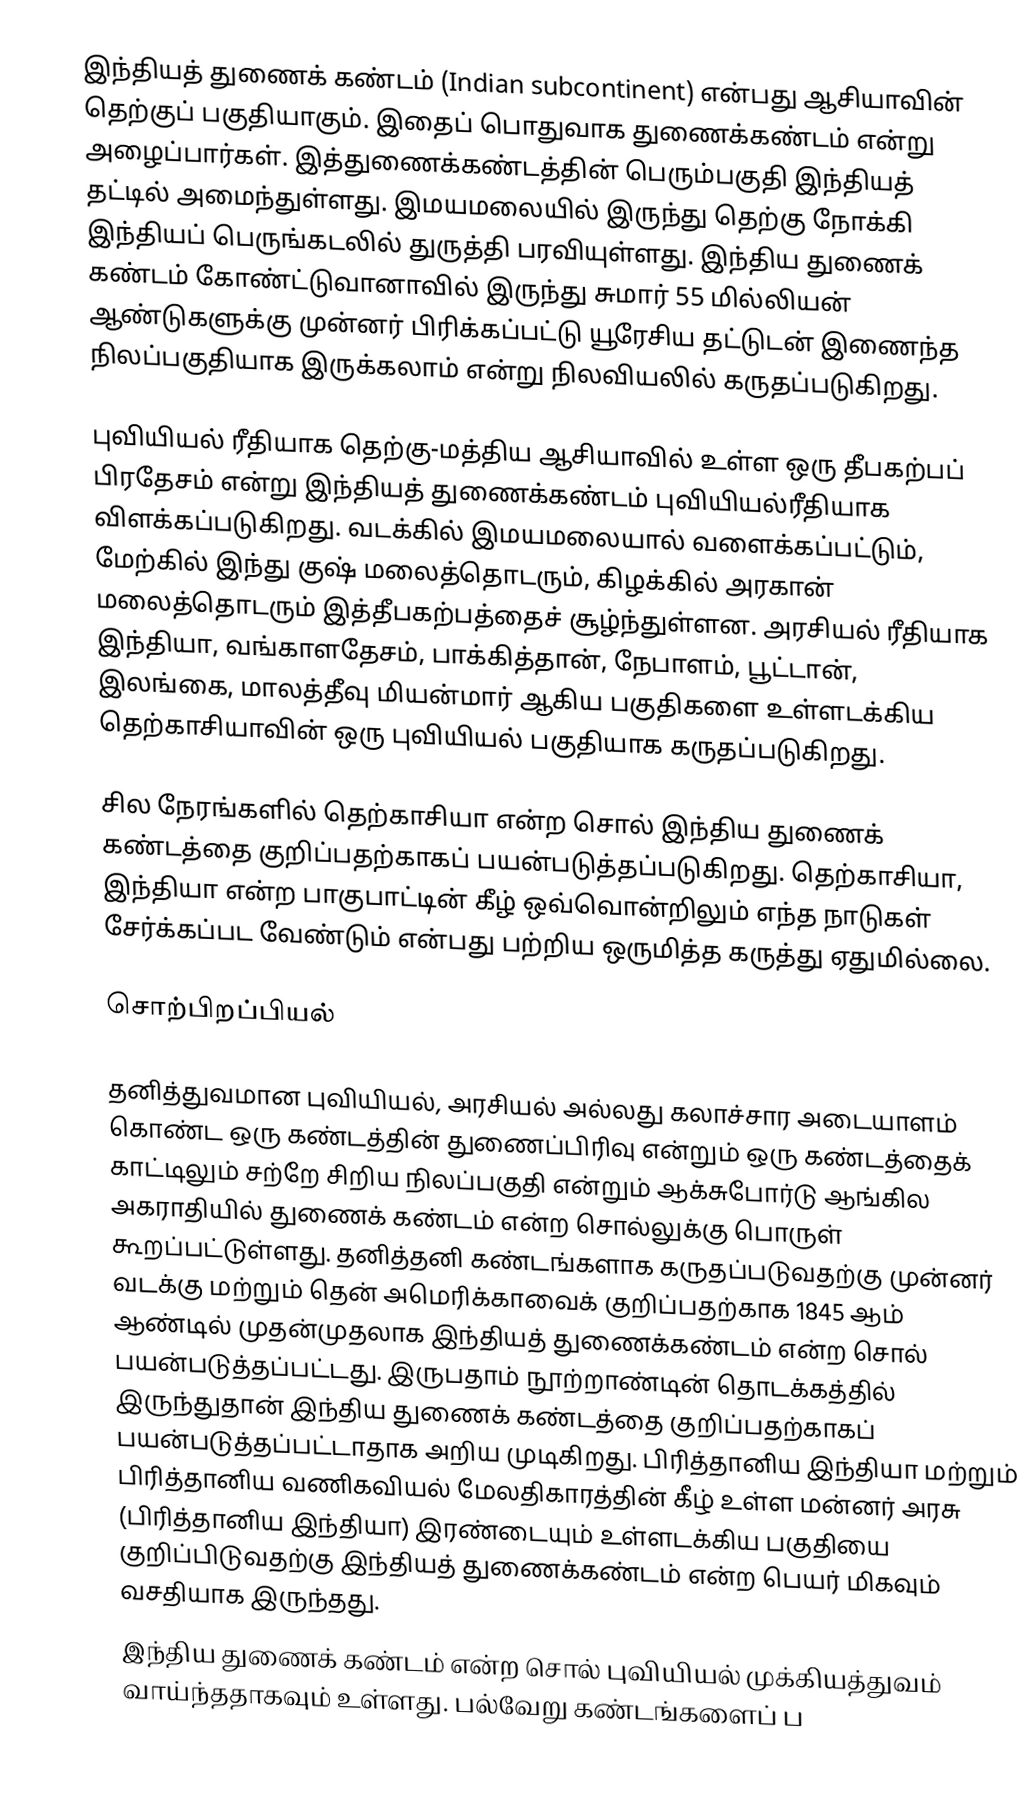
இந்தியத் துணைக் கண்டம் (Indian subcontinent) என்பது ஆசியாவின் தெற்குப் பகுதியாகும். இதைப் பொதுவாக துணைக்கண்டம் என்று அழைப்பார்கள். இத்துணைக்கண்டத்தின் பெரும்பகுதி இந்தியத் தட்டில் அமைந்துள்ளது. இமயமலையில் இருந்து தெற்கு நோக்கி இந்தியப் பெருங்கடலில் துருத்தி பரவியுள்ளது. இந்திய துணைக் கண்டம் கோண்ட்டுவானாவில் இருந்து சுமார் 55 மில்லியன் ஆண்டுகளுக்கு முன்னர் பிரிக்கப்பட்டு யூரேசிய தட்டுடன் இணைந்த நிலப்பகுதியாக இருக்கலாம் என்று நிலவியலில் கருதப்படுகிறது.

புவியியல் ரீதியாக தெற்கு-மத்திய ஆசியாவில் உள்ள ஒரு தீபகற்பப் பிரதேசம் என்று இந்தியத் துணைக்கண்டம் புவியியல்ரீதியாக விளக்கப்படுகிறது. வடக்கில் இமயமலையால் வளைக்கப்பட்டும், மேற்கில் இந்து குஷ் மலைத்தொடரும், கிழக்கில் அரகான் மலைத்தொடரும் இத்தீபகற்பத்தைச் சூழ்ந்துள்ளன. அரசியல் ரீதியாக இந்தியா, வங்காளதேசம், பாக்கித்தான், நேபாளம், பூட்டான், இலங்கை, மாலத்தீவு மியன்மார் ஆகிய பகுதிகளை உள்ளடக்கிய தெற்காசியாவின் ஒரு புவியியல் பகுதியாக கருதப்படுகிறது.

சில நேரங்களில் தெற்காசியா என்ற சொல் இந்திய துணைக் கண்டத்தை குறிப்பதற்காகப் பயன்படுத்தப்படுகிறது. தெற்காசியா, இந்தியா என்ற பாகுபாட்டின் கீழ் ஒவ்வொன்றிலும் எந்த நாடுகள் சேர்க்கப்பட வேண்டும் என்பது பற்றிய ஒருமித்த கருத்து ஏதுமில்லை.

சொற்பிறப்பியல்

தனித்துவமான புவியியல், அரசியல் அல்லது கலாச்சார அடையாளம் கொண்ட ஒரு கண்டத்தின் துணைப்பிரிவு என்றும் ஒரு கண்டத்தைக் காட்டிலும் சற்றே சிறிய நிலப்பகுதி என்றும் ஆக்சுபோர்டு ஆங்கில அகராதியில் துணைக் கண்டம் என்ற சொல்லுக்கு பொருள் கூறப்பட்டுள்ளது.  தனித்தனி கண்டங்களாக கருதப்படுவதற்கு முன்னர் வடக்கு மற்றும் தென் அமெரிக்காவைக் குறிப்பதற்காக 1845 ஆம் ஆண்டில் முதன்முதலாக இந்தியத் துணைக்கண்டம் என்ற சொல் பயன்படுத்தப்பட்டது. இருபதாம் நூற்றாண்டின் தொடக்கத்தில் இருந்துதான் இந்திய துணைக் கண்டத்தை குறிப்பதற்காகப் பயன்படுத்தப்பட்டாதாக அறிய முடிகிறது. பிரித்தானிய இந்தியா மற்றும் பிரித்தானிய வணிகவியல் மேலதிகாரத்தின் கீழ் உள்ள மன்னர் அரசு (பிரித்தானிய இந்தியா) இரண்டையும் உள்ளடக்கிய பகுதியை குறிப்பிடுவதற்கு இந்தியத் துணைக்கண்டம் என்ற பெயர் மிகவும் வசதியாக இருந்தது.
இந்திய துணைக் கண்டம் என்ற சொல் புவியியல் முக்கியத்துவம் வாய்ந்ததாகவும் உள்ளது. பல்வேறு கண்டங்களைப் ப